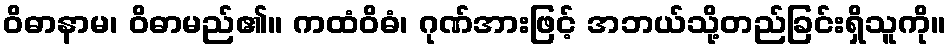
ဝိဓာနာမ၊ ဝိဓာမည်၏။ ကထံဝိဓံ၊ ဂုဏ်အားဖြင့် အဘယ်သို့တည်ခြင်းရှိသူကို။